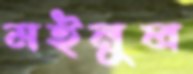
মইনুল